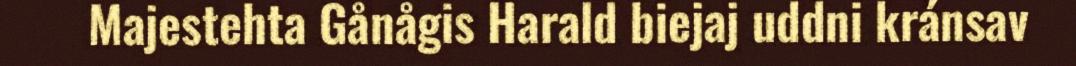
Majestehta Gånågis Harald biejaj uddni kránsav